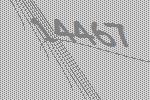
14467